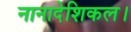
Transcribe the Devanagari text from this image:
नानादेशिकल।